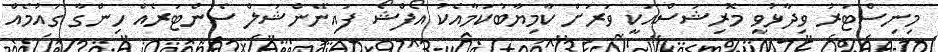
މިނިސްޓަރު ވިދާޅުވީ މޮރިޝަސްއަކީ ވަރަށް ކާމިޔާބުކަމާއެކު އޯފްޝޯ ފައިނޭންޝަލް ސެންޓަރެއް ހިންގާ ގައުމެއް